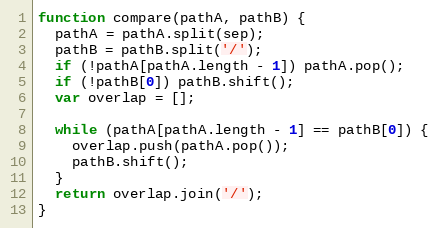
Language: JavaScript
function compare(pathA, pathB) {
  pathA = pathA.split(sep);
  pathB = pathB.split('/');
  if (!pathA[pathA.length - 1]) pathA.pop();
  if (!pathB[0]) pathB.shift();
  var overlap = [];

  while (pathA[pathA.length - 1] == pathB[0]) {
    overlap.push(pathA.pop());
    pathB.shift();
  }
  return overlap.join('/');
}